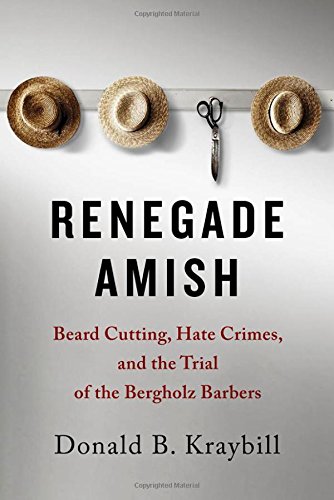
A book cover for Renegade Amish: Beard Cutting, Hate Crimes, and the Trial of the Bergholz Barbers; Donald B. Kraybill; Christian Books & Bibles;